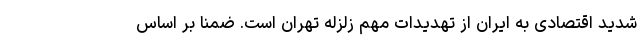
شدید اقتصادی به ایران از تهدیدات مهم زلزله تهران است. ضمنا بر اساس